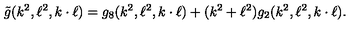
\tilde { g } ( k ^ { 2 } , \ell ^ { 2 } , k \cdot \ell ) = g _ { 8 } ( k ^ { 2 } , \ell ^ { 2 } , k \cdot \ell ) + ( k ^ { 2 } + \ell ^ { 2 } ) g _ { 2 } ( k ^ { 2 } , \ell ^ { 2 } , k \cdot \ell ) .